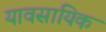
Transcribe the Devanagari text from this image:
यावसायिक